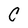
Character: C